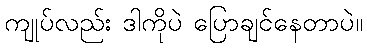
ကျုပ်လည်း ဒါကိုပဲ ပြောချင်နေတာပဲ။